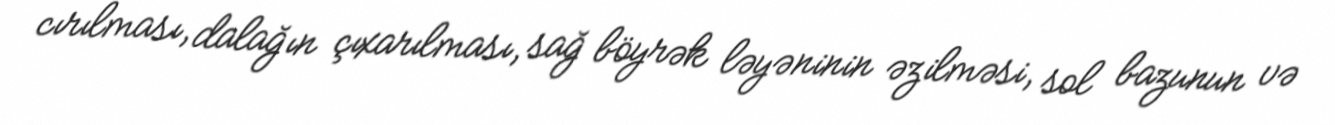
cırılması, dalağın çıxarılması, sağ böyrək ləyəninin əzilməsi, sol bazunun və